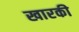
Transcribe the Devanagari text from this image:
खारकी